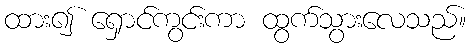
ထား၍ ရှောင်ကွင်းကာ ထွက်သွားလေသည်။